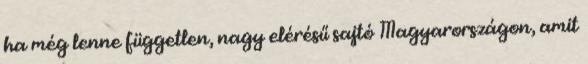
ha még lenne független, nagy elérésű sajtó Magyarországon, amit